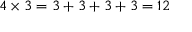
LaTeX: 4 \times 3 = 3 + 3 + 3 + 3 = 1 2